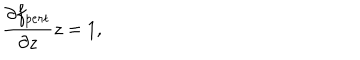
\frac { \partial f _ { p e r t } } { \partial z } z = 1 ,